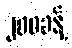
၂၀၀ခန့်